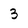
Character: 3